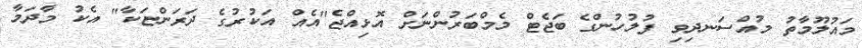
މައުލޫމާތު މުއްސަނދިވި ފުލުހުންގެ ބަޖެޓް މެމްބަރުންނަށް އޮޅިއްޖެ"އެއް އަކުރުގެ ދަރަންޏަކާ" އެކު މާދަމާ